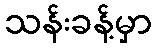
သန်းခန့်မှာ